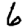
Digit: 6